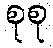
စုစု